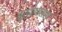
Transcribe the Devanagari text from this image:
बुर्‍हाणशहा